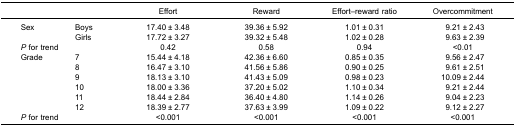
<table><thead><tr><td colspan="2"><b> </b></td><td><b>Effort</b></td><td><b>Reward</b></td><td><b>Effort–reward ratio</b></td><td><b>Overcommitment</b></td></tr></thead><tbody><tr><td>Sex</td><td>Boys</td><td>17.40 ± 3.48</td><td>39.36 ± 5.92</td><td>1.01 ± 0.31</td><td>9.21 ± 2.43</td></tr><tr><td> </td><td>Girls</td><td>17.72 ± 3.27</td><td>39.32 ± 5.48</td><td>1.02 ± 0.28</td><td>9.63 ± 2.39</td></tr><tr><td><i>P</i> for trend</td><td> </td><td>0.42</td><td>0.58</td><td>0.94</td><td>&lt;0.01</td></tr><tr><td>Grade</td><td>7</td><td>15.44 ± 4.18</td><td>42.36 ± 6.60</td><td>0.85 ± 0.35</td><td>9.56 ± 2.47</td></tr><tr><td> </td><td>8</td><td>16.47 ± 3.10</td><td>41.56 ± 5.86</td><td>0.90 ± 0.25</td><td>9.61 ± 2.51</td></tr><tr><td> </td><td>9</td><td>18.13 ± 3.10</td><td>41.43 ± 5.09</td><td>0.98 ± 0.23</td><td>10.09 ± 2.44</td></tr><tr><td> </td><td>10</td><td>18.00 ± 3.36</td><td>37.20 ± 5.02</td><td>1.10 ± 0.34</td><td>9.21 ± 2.44</td></tr><tr><td> </td><td>11</td><td>18.44 ± 2.84</td><td>36.40 ± 4.80</td><td>1.14 ± 0.26</td><td>9.04 ± 2.23</td></tr><tr><td> </td><td>12</td><td>18.39 ± 2.77</td><td>37.63 ± 3.99</td><td>1.09 ± 0.22</td><td>9.12 ± 2.27</td></tr><tr><td><i>P</i> for trend</td><td> </td><td>&lt;0.001</td><td>&lt;0.001</td><td>&lt;0.001</td><td>&lt;0.001</td></tr></tbody></table>